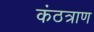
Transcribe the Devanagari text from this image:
कंठत्राण